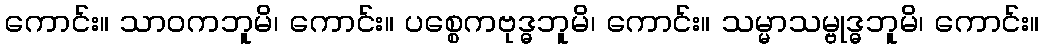
ကောင်း။ သာဝကဘူမိ၊ ကောင်း။ ပစ္စေကဗုဒ္ဓဘူမိ၊ ကောင်း။ သမ္မာသမ္ဗုဒ္ဓဘူမိ၊ ကောင်း။